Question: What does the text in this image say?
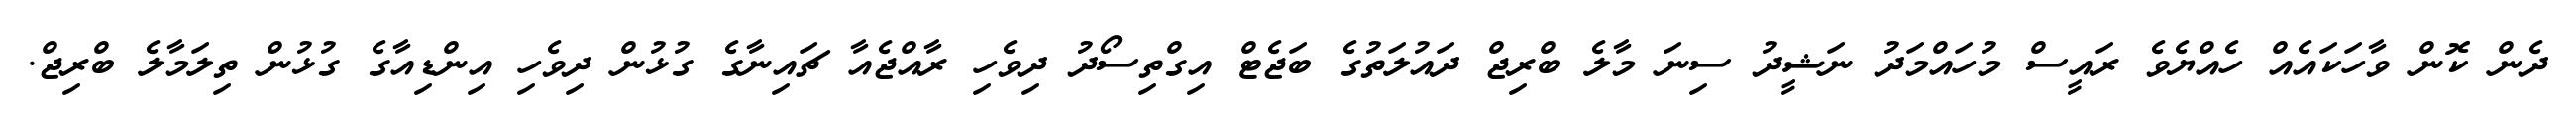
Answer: ދެން ކޮން ވާހަކައެއް ހެއްޔެވެ ރައީސް މުހައްމަދު ނަޝީދު ސިނަ މާލެ ބްރިޖް ދައުލަތުގެ ބަޖެޓް އިގްތިސޯދު ދިވެހި ރާއްޖެއާ ޗައިނާގެ ގުޅުން ދިވެހި އިންޑިއާގެ ގުޅުން ތިލަމާލެ ބްރިޖް.